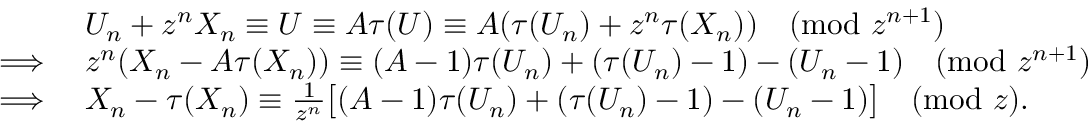
\begin{array} { r l } & { U _ { n } + z ^ { n } X _ { n } \equiv U \equiv A \tau ( U ) \equiv A ( \tau ( U _ { n } ) + z ^ { n } \tau ( X _ { n } ) ) \pmod { z ^ { n + 1 } } } \\ { \implies } & { z ^ { n } ( X _ { n } - A \tau ( X _ { n } ) ) \equiv ( A - 1 ) \tau ( U _ { n } ) + ( \tau ( U _ { n } ) - 1 ) - ( U _ { n } - 1 ) \pmod { z ^ { n + 1 } } } \\ { \implies } & { X _ { n } - \tau ( X _ { n } ) \equiv \textstyle \frac 1 { z ^ { n } } \big [ ( A - 1 ) \tau ( U _ { n } ) + ( \tau ( U _ { n } ) - 1 ) - ( U _ { n } - 1 ) \big ] \pmod { z } . } \end{array}